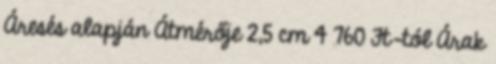
Áresés alapján Átmérője 2,5 cm 4 760 Ft-tól Árak